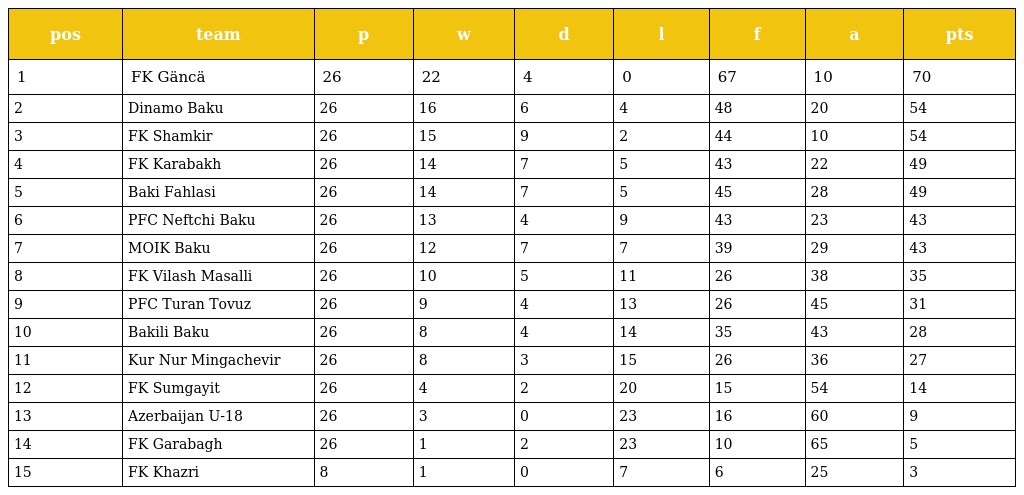
| pos | team | p | w | d | l | f | a | pts |
 | --- | --- | --- | --- | --- | --- | --- | --- | --- |
 | 1 | FK Gäncä | 26 | 22 | 4 | 0 | 67 | 10 | 70 |
 | 2 | Dinamo Baku | 26 | 16 | 6 | 4 | 48 | 20 | 54 |
 | 3 | FK Shamkir | 26 | 15 | 9 | 2 | 44 | 10 | 54 |
 | 4 | FK Karabakh | 26 | 14 | 7 | 5 | 43 | 22 | 49 |
 | 5 | Baki Fahlasi | 26 | 14 | 7 | 5 | 45 | 28 | 49 |
 | 6 | PFC Neftchi Baku | 26 | 13 | 4 | 9 | 43 | 23 | 43 |
 | 7 | MOIK Baku | 26 | 12 | 7 | 7 | 39 | 29 | 43 |
 | 8 | FK Vilash Masalli | 26 | 10 | 5 | 11 | 26 | 38 | 35 |
 | 9 | PFC Turan Tovuz | 26 | 9 | 4 | 13 | 26 | 45 | 31 |
 | 10 | Bakili Baku | 26 | 8 | 4 | 14 | 35 | 43 | 28 |
 | 11 | Kur Nur Mingachevir | 26 | 8 | 3 | 15 | 26 | 36 | 27 |
 | 12 | FK Sumgayit | 26 | 4 | 2 | 20 | 15 | 54 | 14 |
 | 13 | Azerbaijan U-18 | 26 | 3 | 0 | 23 | 16 | 60 | 9 |
 | 14 | FK Garabagh | 26 | 1 | 2 | 23 | 10 | 65 | 5 |
 | 15 | FK Khazri | 8 | 1 | 0 | 7 | 6 | 25 | 3 |